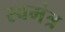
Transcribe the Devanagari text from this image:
स्वमंत्र